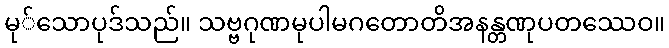
မု်သောပုဒ်သည်။ သဗ္ဗဂုဏမုပါမဂတောတိအနန္တဏုပတဿေဝ။